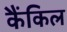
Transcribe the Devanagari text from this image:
कैंकिल